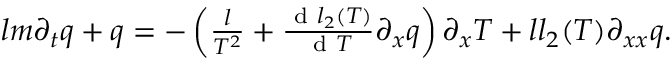
\begin{array} { r } { l m \partial _ { t } q + q = - \left( \frac { l } { T ^ { 2 } } + \frac { \textrm { d } l _ { 2 } ( T ) } { \textrm { d } T } \partial _ { x } q \right) \partial _ { x } T + l l _ { 2 } ( T ) \partial _ { x x } q . } \end{array}